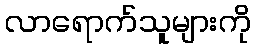
လာရောက်သူများကို